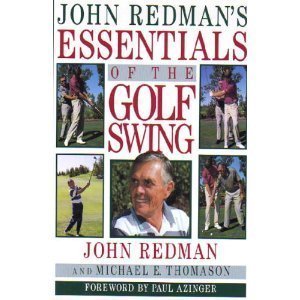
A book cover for John Redman's Essentials of the Golf Swing; John Redman; Sports & Outdoors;